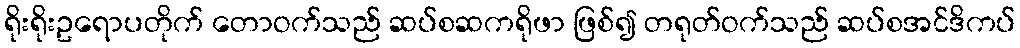
ရိုးရိုးဥရောပတိုက် တောဝက်သည် ဆပ်စဆကရိုဖာ ဖြစ်၍ တရုတ်ဝက်သည် ဆပ်စအင်ဒိကပ်